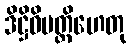
ဒိဋ္ဌိဝိပတ္တိဟေတု